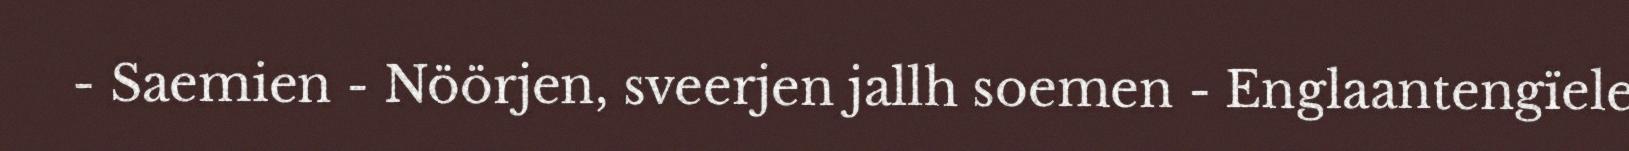
- Saemien - Nöörjen, sveerjen jallh soemen - Englaantengïele